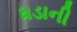
ધડાની